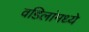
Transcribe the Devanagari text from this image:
वडिलांमध्ये